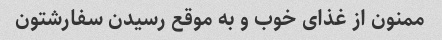
ممنون از غذای خوب و به موقع رسیدن سفارشتون